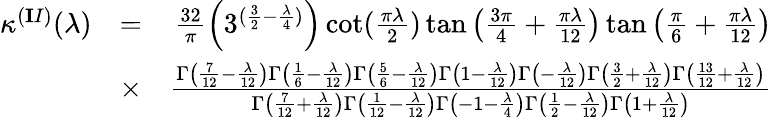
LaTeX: \begin{array}{rlr}{\kappa^{({\mathbf II})}(\lambda)}&{=}&{\frac{32}{\pi}\left(3^{(\frac{3}{2}-\frac{\lambda}{4})}\right)\cot(\frac{\pi\lambda}{2})\tan\left(\frac{3\pi}{4}+\frac{\pi\lambda}{12}\right)\tan\left(\frac{\pi}{6}+\frac{\pi\lambda}{12}\right)}\\ &{\times}&{\frac{\Gamma\left(\frac{7}{12}-\frac{\lambda}{12}\right)\Gamma\left(\frac{1}{6}-\frac{\lambda}{12}\right)\Gamma\left(\frac{5}{6}-\frac{\lambda}{12}\right)\Gamma\left(1-\frac{\lambda}{12}\right)\Gamma\left(-\frac{\lambda}{12}\right)\Gamma\left(\frac{3}{2}+\frac{\lambda}{12}\right)\Gamma\left(\frac{13}{12}+\frac{\lambda}{12}\right)}{\Gamma\left(\frac{7}{12}+\frac{\lambda}{12}\right)\Gamma\left(\frac{1}{12}-\frac{\lambda}{12}\right)\Gamma\left(-1-\frac{\lambda}{4}\right)\Gamma\left(\frac{1}{2}-\frac{\lambda}{12}\right)\Gamma\left(1+\frac{\lambda}{12}\right)}}\end{array}